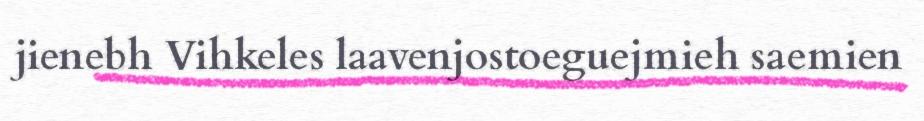
jienebh Vihkeles laavenjostoeguejmieh saemien